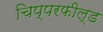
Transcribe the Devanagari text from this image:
चिप्परफील्ड